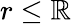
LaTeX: r\le\mathbb{R}